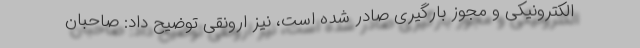
الکترونیکی و مجوز بارگیری صادر شده است، نیز ارونقی توضیح داد: صاحبان